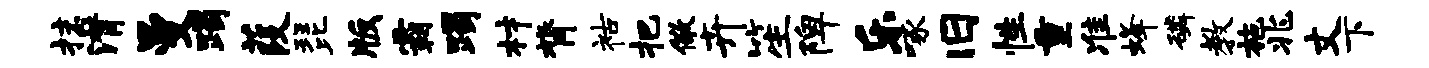
抹潸曼躅葭琵版霸躅材膂祜把儆卉笙陴乐啄旧性重准蜂磷教施兆丈下